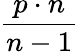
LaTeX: \frac{p\cdot n}{n-1}